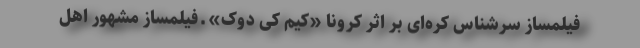
فیلمساز سرشناس کره‌ای بر اثر کرونا «کیم کی دوک» ـ فیلمساز مشهور اهل